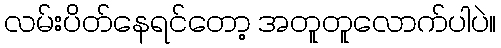
လမ်းပိတ်နေရင်တော့ အတူတူလောက်ပါပဲ။